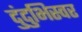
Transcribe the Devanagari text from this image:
दुंदुभिस्वर